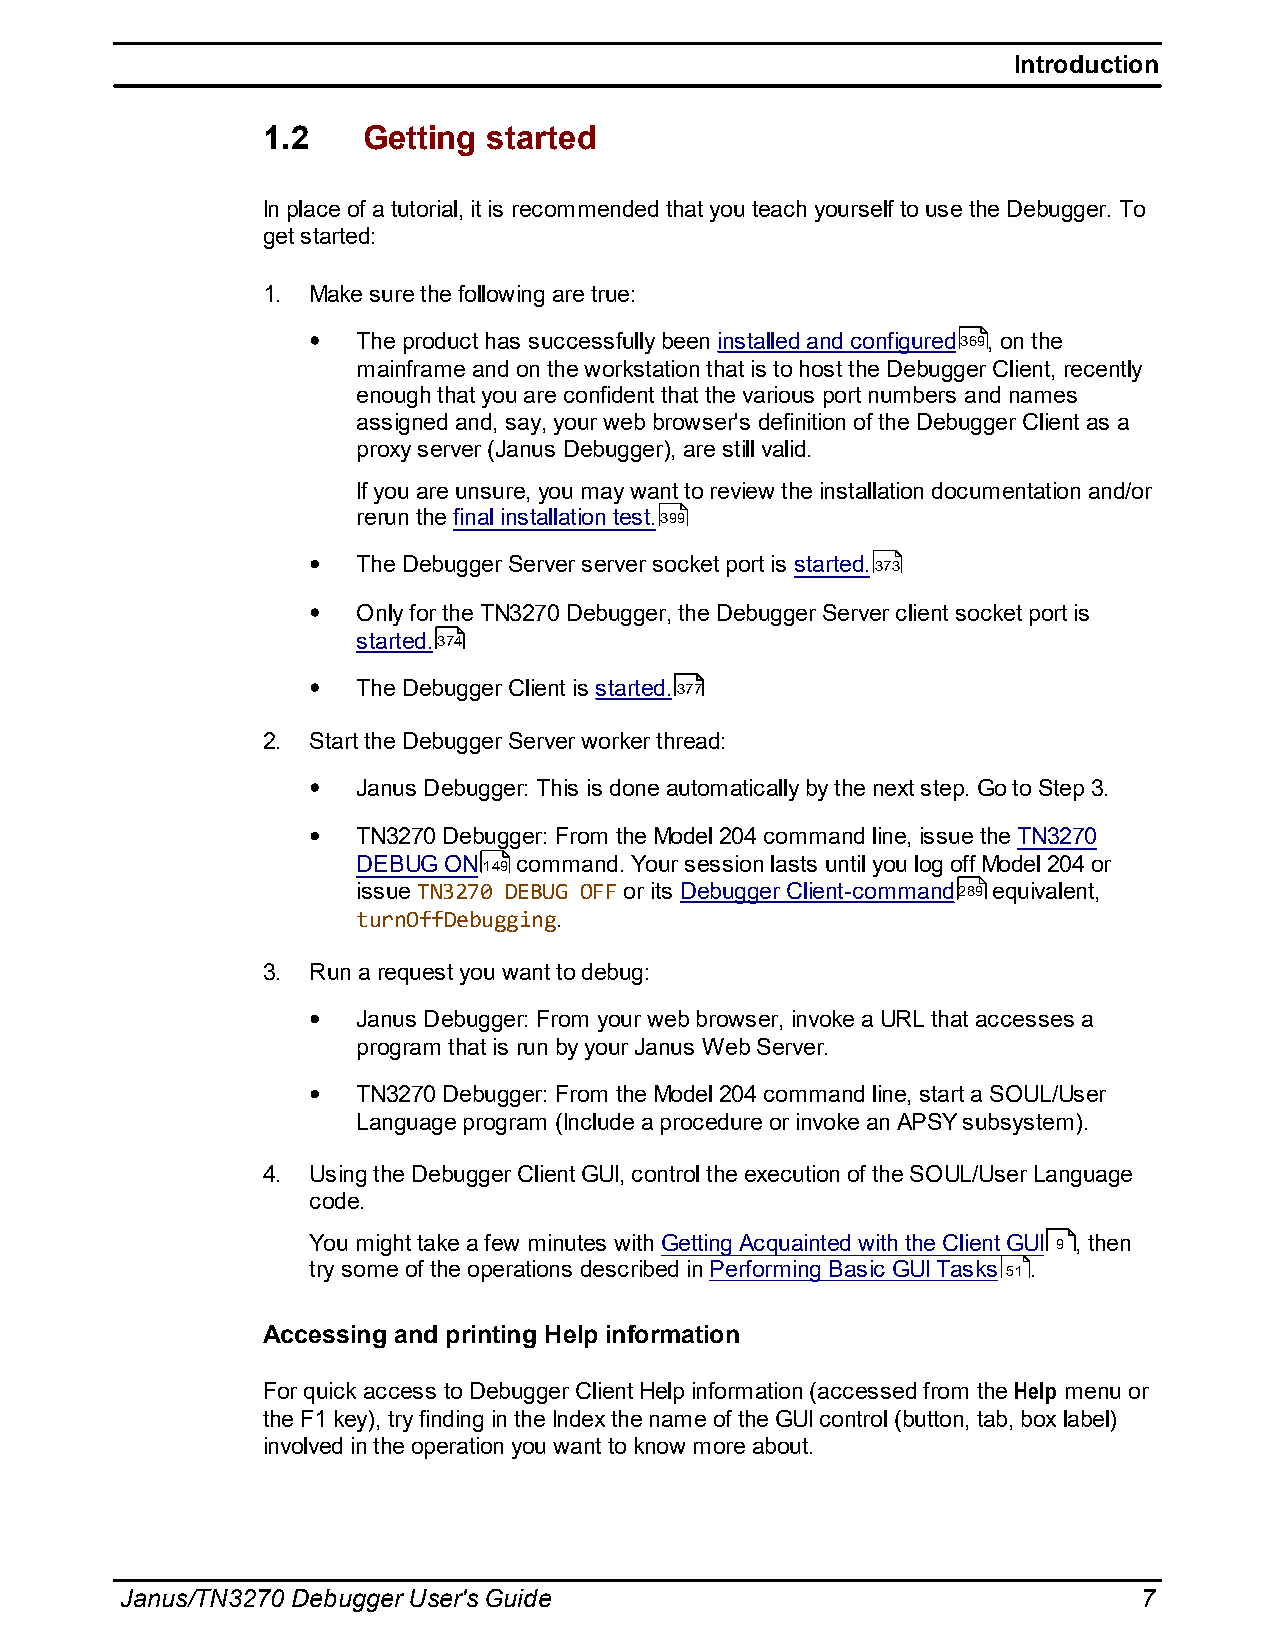
Introduction
 1.2    Getting started
 In place of a tutorial, it is recommended that you teach yourself to use the Debugger. To
 get started:
 1. Make sure the following are true:
 The product has successfully been installed and configured369, on the
 mainframe and on the workstation that is to host the Debugger Client, recently
 enough that you are confident that the various port numbers and names
 assigned and, say, your web browser's definition of the Debugger Client as a
 proxy server (Janus Debugger), are still valid.
 If you are unsure, you may want to review the installation documentation and/or
 rerun the final installation test.399
 The Debugger Server server socket port is started.373
 Only for the TN3270 Debugger, the Debugger Server client socket port is
 started.374
 The Debugger Client is started.377
 2. Start the Debugger Server worker thread:
 Janus Debugger: This is done automatically by the next step. Go to Step 3.
 TN3270 Debugger: From the Model 204 command line, issue the TN3270
 DEBUG ON149 command. Your session lasts until you log off Model 204 or
 issue TN3270 DEBUG OFF or its Debugger Client-command289 equivalent,
 turnOffDebugging.
 3. Run a request you want to debug:
 Janus Debugger: From your web browser, invoke a URL that accesses a
 program that is run by your Janus Web Server.
 TN3270 Debugger: From the Model 204 command line, start a SOUL/User
 Language program (Include a procedure or invoke an APSY subsystem).
 4. Using the Debugger Client GUI, control the execution of the SOUL/User Language
 code.
 You might take a few minutes with Getting Acquainted with the Client GUI 9 , then
 try some of the operations described in Performing Basic GUI Tasks 51 .
 Accessing and printing Help information
 For quick access to Debugger Client Help information (accessed from the Help menu or
 the F1 key), try finding in the Index the name of the GUI control (button, tab, box label)
 involved in the operation you want to know more about.
 Janus/TN3270 Debugger User's Guide                                  7